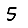
Digit: 5